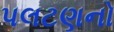
પલટણનો